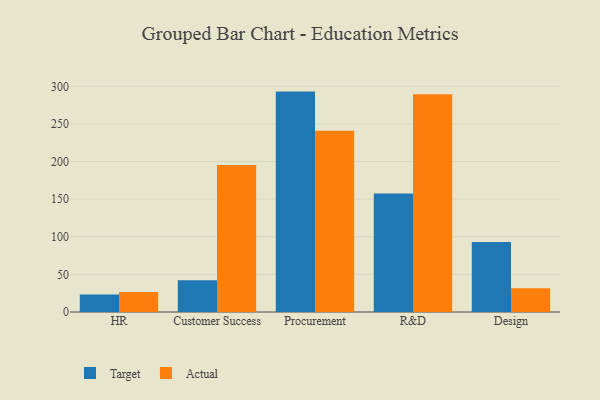
{"axis": {"x": "Department", "y": "Waste Production (Tons)"}, "legend": ["Actual", "Target"], "data": [{"x": "HR", "y": 23.2, "type": "Target"}, {"x": "HR", "y": 26.6, "type": "Actual"}, {"x": "Customer Success", "y": 42.2, "type": "Target"}, {"x": "Customer Success", "y": 195.5, "type": "Actual"}, {"x": "Procurement", "y": 293.0, "type": "Target"}, {"x": "Procurement", "y": 241.0, "type": "Actual"}, {"x": "R&D", "y": 157.5, "type": "Target"}, {"x": "R&D", "y": 289.4, "type": "Actual"}, {"x": "Design", "y": 93.1, "type": "Target"}, {"x": "Design", "y": 31.6, "type": "Actual"}]}